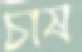
চাষ